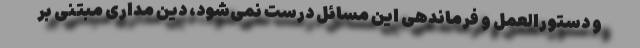
و دستورالعمل و فرماندهی این مسائل درست نمی‌شود، دین مداری مبتنی بر